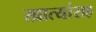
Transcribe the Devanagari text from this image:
खात्यांसह